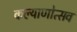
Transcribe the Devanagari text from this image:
कल्‍याणोत्‍सव